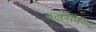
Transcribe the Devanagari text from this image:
बलसंपन्न